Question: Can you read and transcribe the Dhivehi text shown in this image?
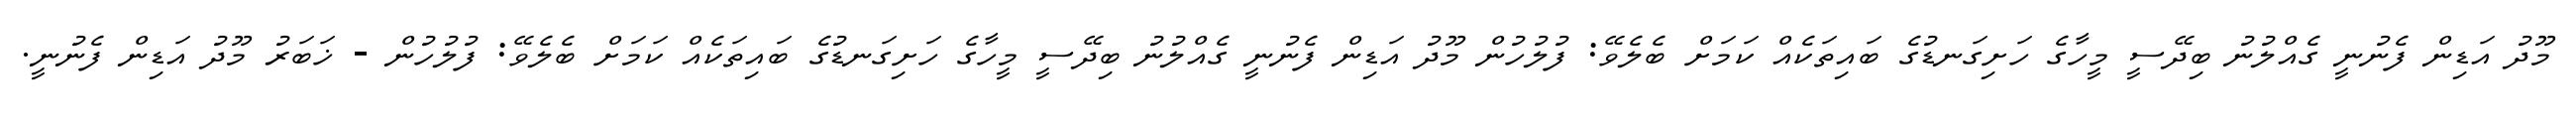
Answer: މޫދު އަޑިން ފެނުނީ ގެއްލުނު ބިދޭސީ މީހާގެ ހަށިގަނޑުގެ ބައިތަކެއް ކަމަށް ބެލެވޭ: ފުލުހުން މޫދު އަޑިން ފެނުނީ ގެއްލުނު ބިދޭސީ މީހާގެ ހަށިގަނޑުގެ ބައިތަކެއް ކަމަށް ބެލެވޭ: ފުލުހުން - ޚަބަރު މޫދު އަޑިން ފެނުނީ.